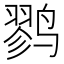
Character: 鹨